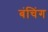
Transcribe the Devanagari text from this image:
बंचिंग